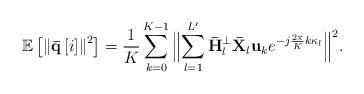
\begin{align*} {\mathbb E}\left[ {{{\left\| {{\bf{\bar q}}\left[i \right]} \right\|}^2}} \right] = \frac{1}{K}\sum\limits_{k = 0}^{K - 1} {{{\Big\| {\sum\limits_{{l} = 1}^{L'} {{{\bf{\bar H}}_{l}^ \bot {\bf{\bar X}}_{l} }{{\bf{u}}_k}{e^{ - j\frac{{2\pi }}{{K}}k{\kappa _{l}}}}} } \Big\|^2}}}. \end{align*}